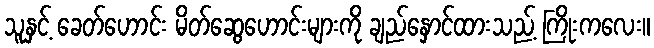
သူနှင့် ခေတ်ဟောင်း မိတ်ဆွေဟောင်းများကို ချည်နှောင်ထားသည့် ကြိုးကလေး။